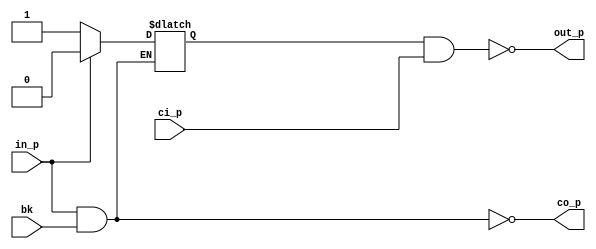
// SPDX-License-Identifier: Apache-2.0
// Copyright (C) 2019 Intel Corporation. 

//---------------------------------------------------------------------------------------------------------------------------------------------
// aibcr3_dlycell_dll.v 
//---------------------------------------------------------------------------------------------------------------------------------------------
`timescale 1ps/1ps
module aibcr3_dlycell_dll_c (
input         in_p,
input         bk,
input         ci_p,
output        out_p,
output        co_p
);

`ifdef TIMESCALE_EN
                timeunit 1ps;
                timeprecision 1ps;
`endif

parameter   NAND_DELAY = 20;
/*
wire   tp;
wire   fp;
wire   tn;
wire   fn;

assign #NAND_DELAY co_p  = ~(in_p & bk);
assign #NAND_DELAY tp    = ~(in_p & fp);
assign #NAND_DELAY fp    = ~(tp & bk);
assign #NAND_DELAY out_p = ~(tp & ci_p);
assign #NAND_DELAY co_n  = ~(in_n & bk);
assign #NAND_DELAY tn    = ~(in_n & fn);
assign #NAND_DELAY fn    = ~(tn & bk);
assign #NAND_DELAY out_n = ~(tn & ci_n);
*/

reg    tp;

assign #NAND_DELAY co_p  = ~(in_p & bk);

always @(*)
  if (~in_p)    tp <= #NAND_DELAY 1'b1;
  else if (~bk) tp <= #NAND_DELAY 1'b0;

assign #NAND_DELAY out_p = ~(tp & ci_p);


endmodule